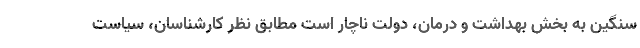
سنگین به بخش بهداشت و درمان، دولت ناچار است مطابق نظر کارشناسان، سیاست